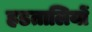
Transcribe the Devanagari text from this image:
हडतालियों